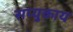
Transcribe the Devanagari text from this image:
सप्युकाय